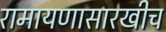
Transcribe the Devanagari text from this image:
रामायणासारखीच